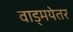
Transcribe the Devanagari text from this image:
वाड्मयेतर